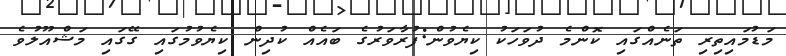
މަޑުމައިތިރި ތަނެއްގައި ކޮންމެ ދުވަހަކު ކިޔެވުން:ފުރާވަރުގެ ބައެއް ކުދިން ކިޔެވުމުގައި ގޭގައި މަޝްއޫލުވެ